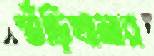
শুঁড়িখানার